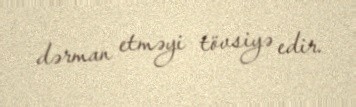
dərman etməyi tövsiyə edir.